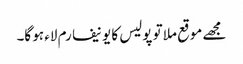
مجھے موقع ملا تو پولیس کا یونیفارم لاء ہو گا۔